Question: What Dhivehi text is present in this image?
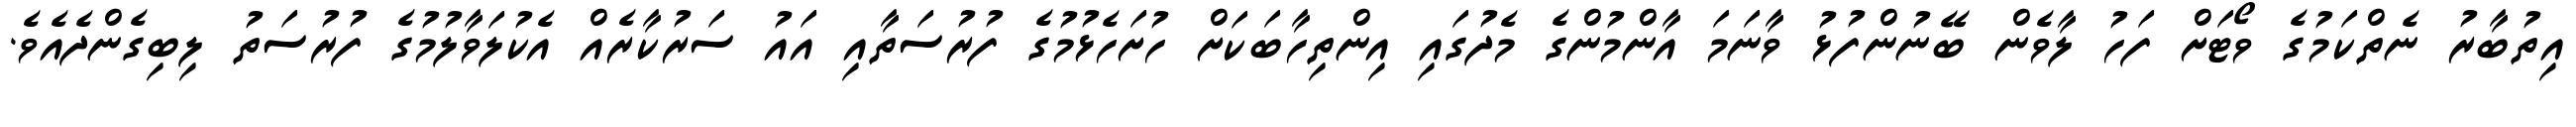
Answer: އިތުބާރު ނެތްކަމުގެ ވޯޓަށް ފަހު ލާވެން ބޭނުންފުޅު ވާނަމަ އާންމުންގެ މެދުގައި އިންތިހާބަކަށް ހުށަހެޅުމުގެ ފުރުސަތާއި އައު ސަރުކާރެއް އެކުލަވާލުމުގެ ފުރުސަތު ލިބިގެންދެއެވެ.